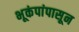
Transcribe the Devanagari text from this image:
भूकंपांपासून